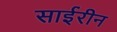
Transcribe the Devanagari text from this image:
साईरीन